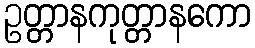
ဥတ္တာနကုတ္တာနကော